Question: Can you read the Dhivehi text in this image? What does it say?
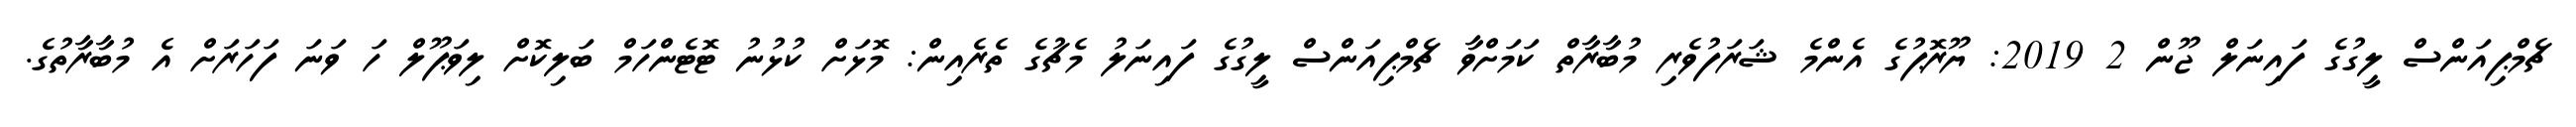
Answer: ޗެމްޕިއަންސް ލީގުގެ ފައިނަލް ޖޫން 2 2019: ޔޫރޮޕުގެ އެންމެ ޝަރަފުވެރި މުބާރާތް ކަމަށްވާ ޗެމްޕިއަންސް ލީގުގެ ފައިނަލު މެޗުގެ ތެރެއިން: މޮޅަށް ކުޅުނު ޓޮޓެންހަމް ބަލިކޮށް ލިވަޕޫލް ހަ ވަނަ ފަހަރަށް އެ މުބާރާތުގެ.